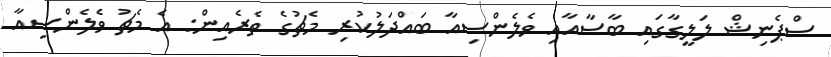
ސްޕެނިޝް ލަލީގާގައި ބާސާއާއި ވެލެންސިއާ ބައްދަލުކުރި މެޗުގެ ތެރެއިން: އެ މެޗު ވެލެންސިއާ